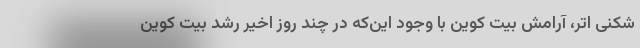
شکنی اتر، آرامش بیت کوین با وجود این‌که در چند روز اخیر رشد بیت کوین